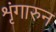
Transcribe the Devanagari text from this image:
शृंगारुन